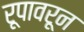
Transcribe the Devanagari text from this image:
रूपावरून